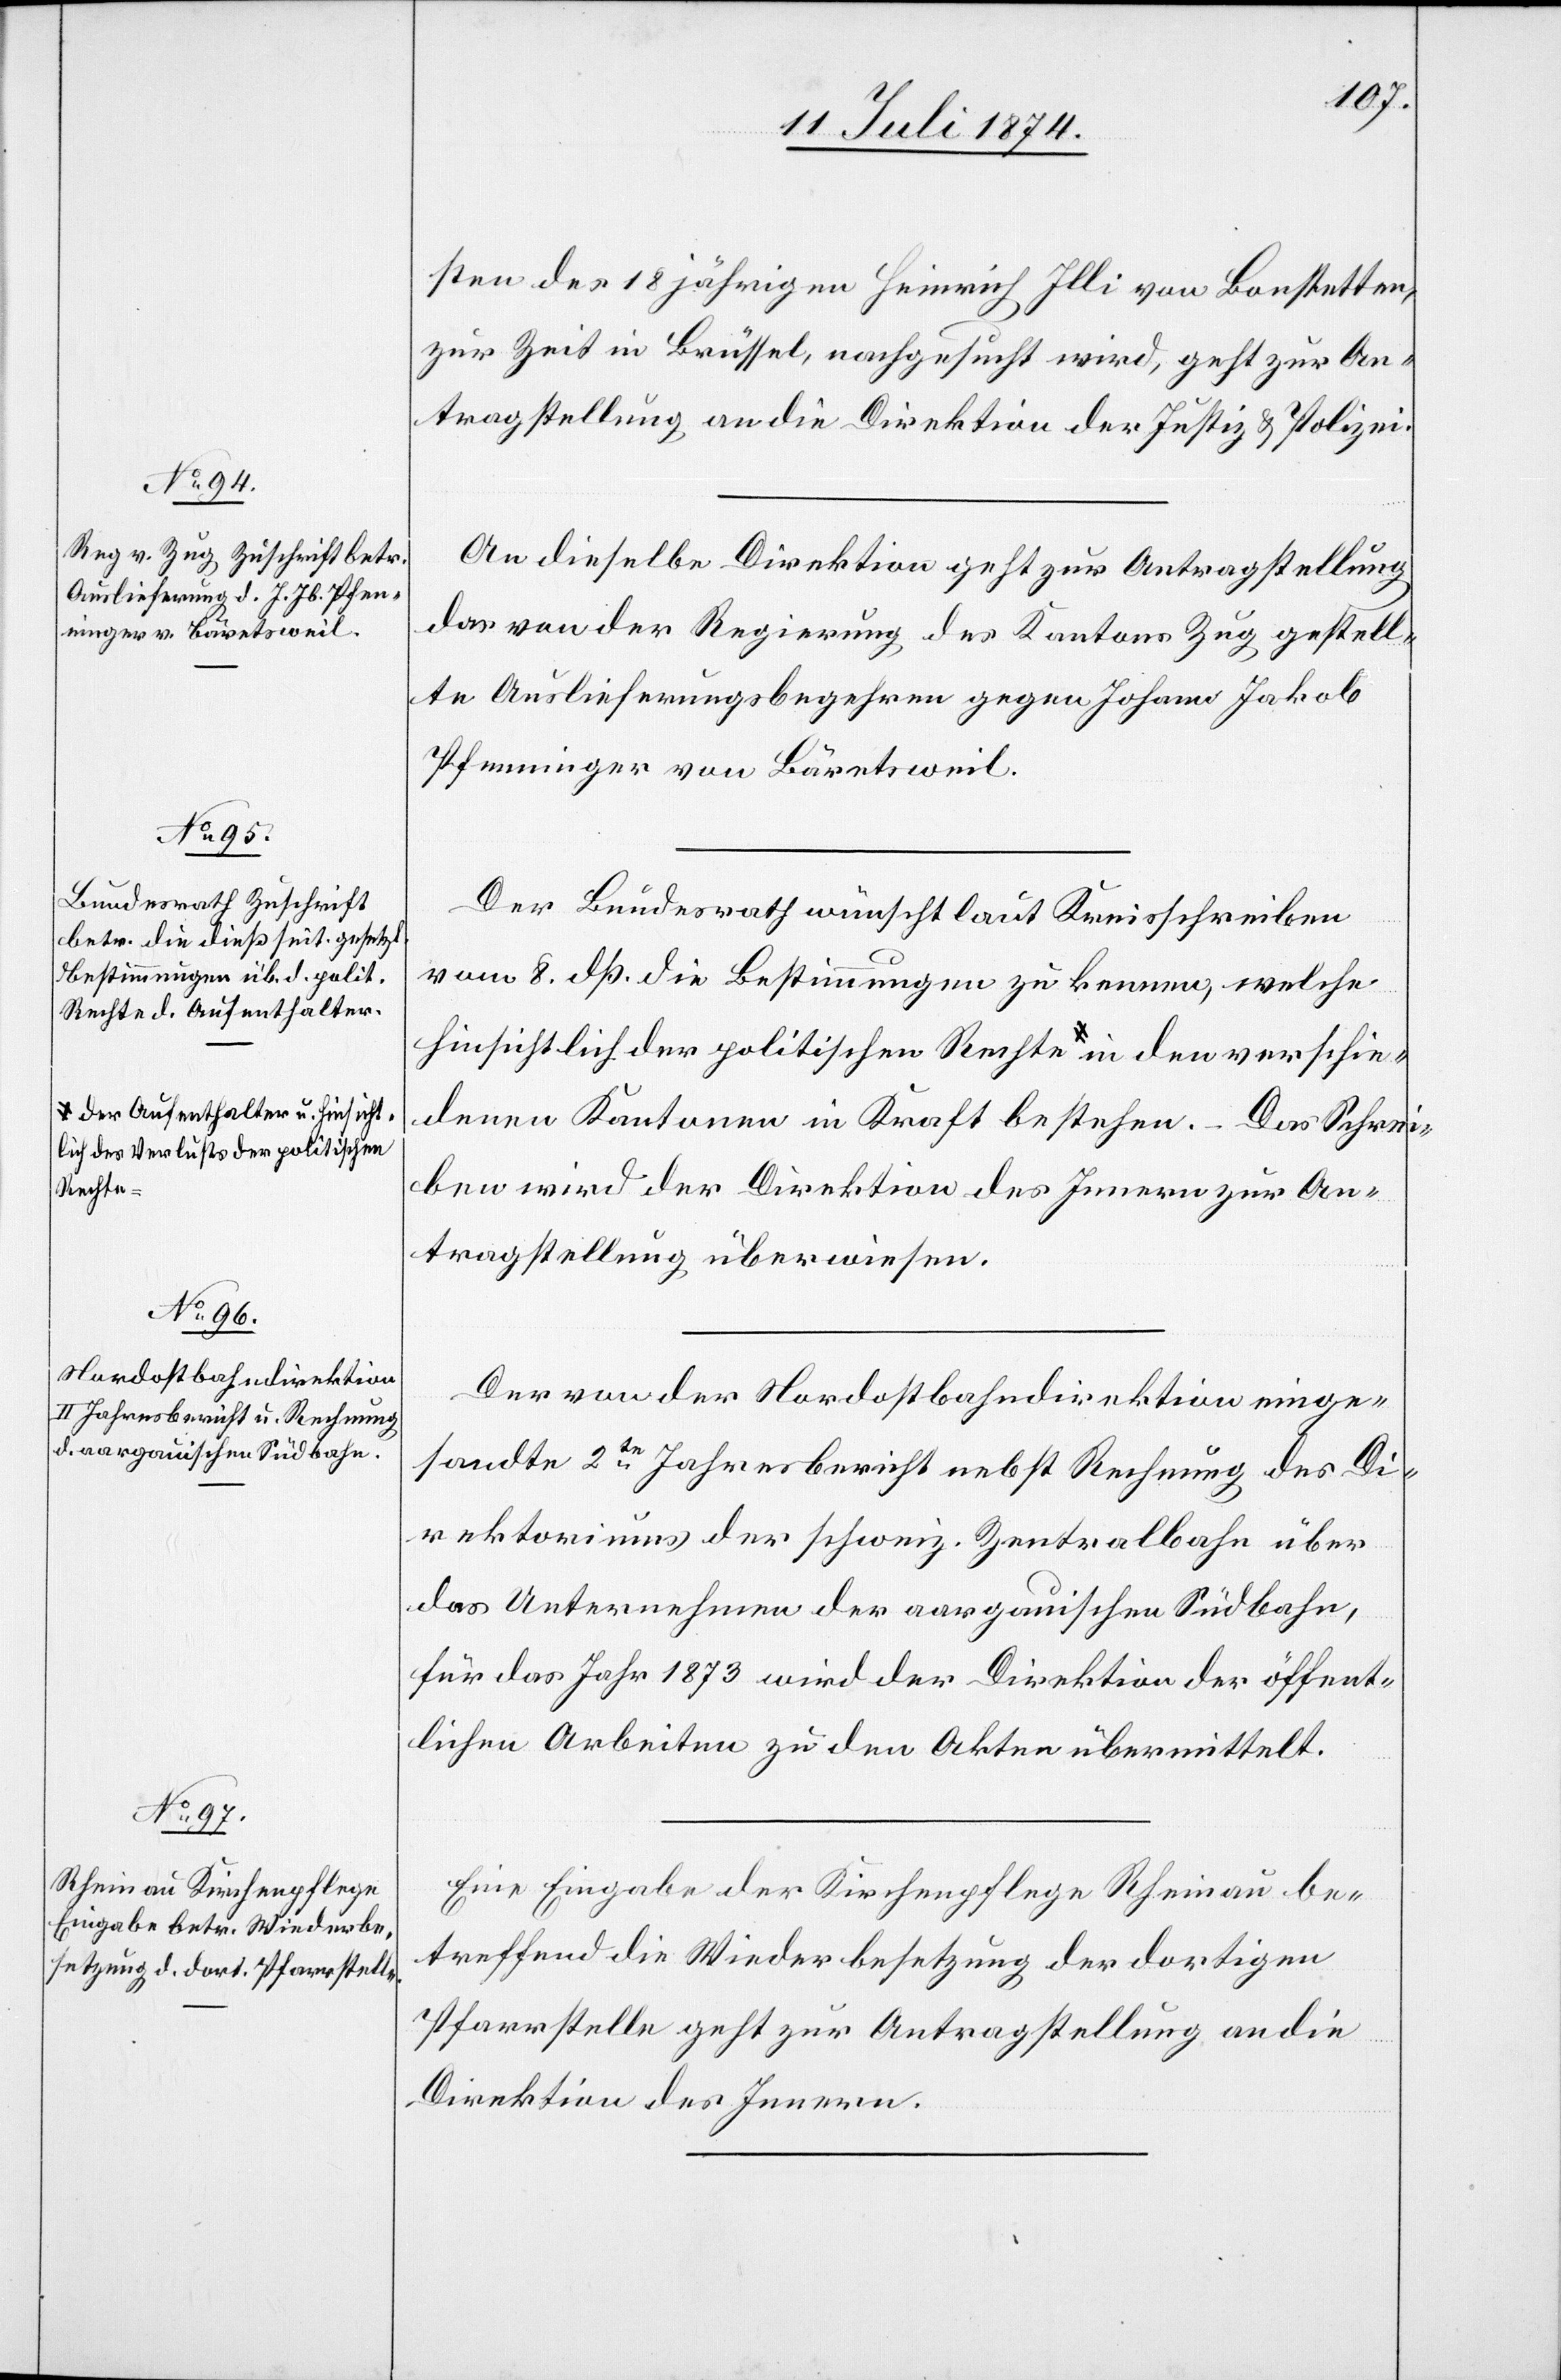
lich des Verlusts der politischen
verschie¬
lter u.

11. Juli 1874.]
sten des 18jährigen Heinrich Illi von Bonstetten,
zur Zeit in Brüssel, nachgesucht wird, geht zur An¬
tragstellung an die Direktion der Justiz u. Polizei.
An dieselbe Direktion geht zur Antragstellung
das von der Regierung des Kanton Zug gestell¬
te Auslieferungsbegehren gegen Johann Jakob
Pfenninger von Bärentsweil
Der Bundesrath wünscht laut Kreisschreiben
vom 8. dß. die Bestimmungen zu kennen, welche
hinsichtlich der politischen Rechte a-der Aufentha¬
denen Kantonen in Kraft bestehen. – Das Schrei¬
ben wird der Direktion des Innern zur An¬
tragstellung überwiesen.
Der von der Nordostbahndirektion einge¬
sandte 2te Jahresbericht nebst Rechnung des Di¬
rektoriums der schweiz. Zentralbahn über
das Unternehmen der aargauischen Südbahn,
für das Jahr 1873 wird der Direktion der öffent¬
lichen Arbeiten zu den Akten übermittelt.
Eine Eingabe der Kirchenpflege Rheinau be¬
treffend die Wiederbesetzung der dortigen
Pfarrstelle geht zur Antragstellung an die
Direktion des Innern.